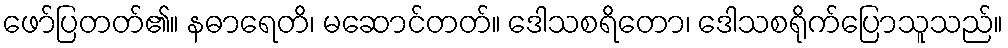
ဖော်ပြတတ်၏။ နဓာရေတိ၊ မဆောင်တတ်။ ဒေါသစရိတော၊ ဒေါသစရိုက်ပြောသူသည်။